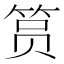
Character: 筼